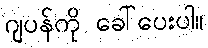
ဂျပန်ကို ခေါ်ပေးပါ။